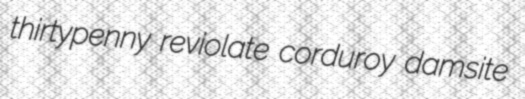
thirtypenny reviolate corduroy damsite